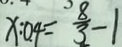
x : 0 . 4 = \frac { 8 } { 3 } - 1